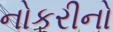
નોકરીનો